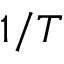
1 / T